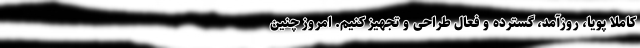
کاملا پویا، روزآمد، گسترده و فعال طراحی و تجهیز کنیم. امروز چنین